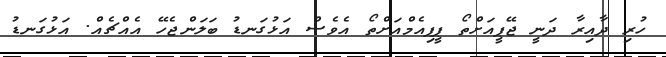
ހުރި ދާއިރާ ދަނީ ޖޭޕީއަށްތޯ ޕީޕިއެމްއަށްތޯ އެވެސް އަޅުގަނޑު ބަލަންޖެހޭ އެއްޗެއް. އަޅުގަނޑު